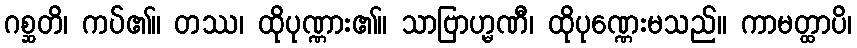
ဂစ္ဆတိ၊ ကပ်၏။ တဿ၊ ထိုပုဏ္ဏား၏။ သာဗြာဟ္မဏီ၊ ထိုပုဏ္ဏေးမသည်။ ကာမတ္ထာပိ၊